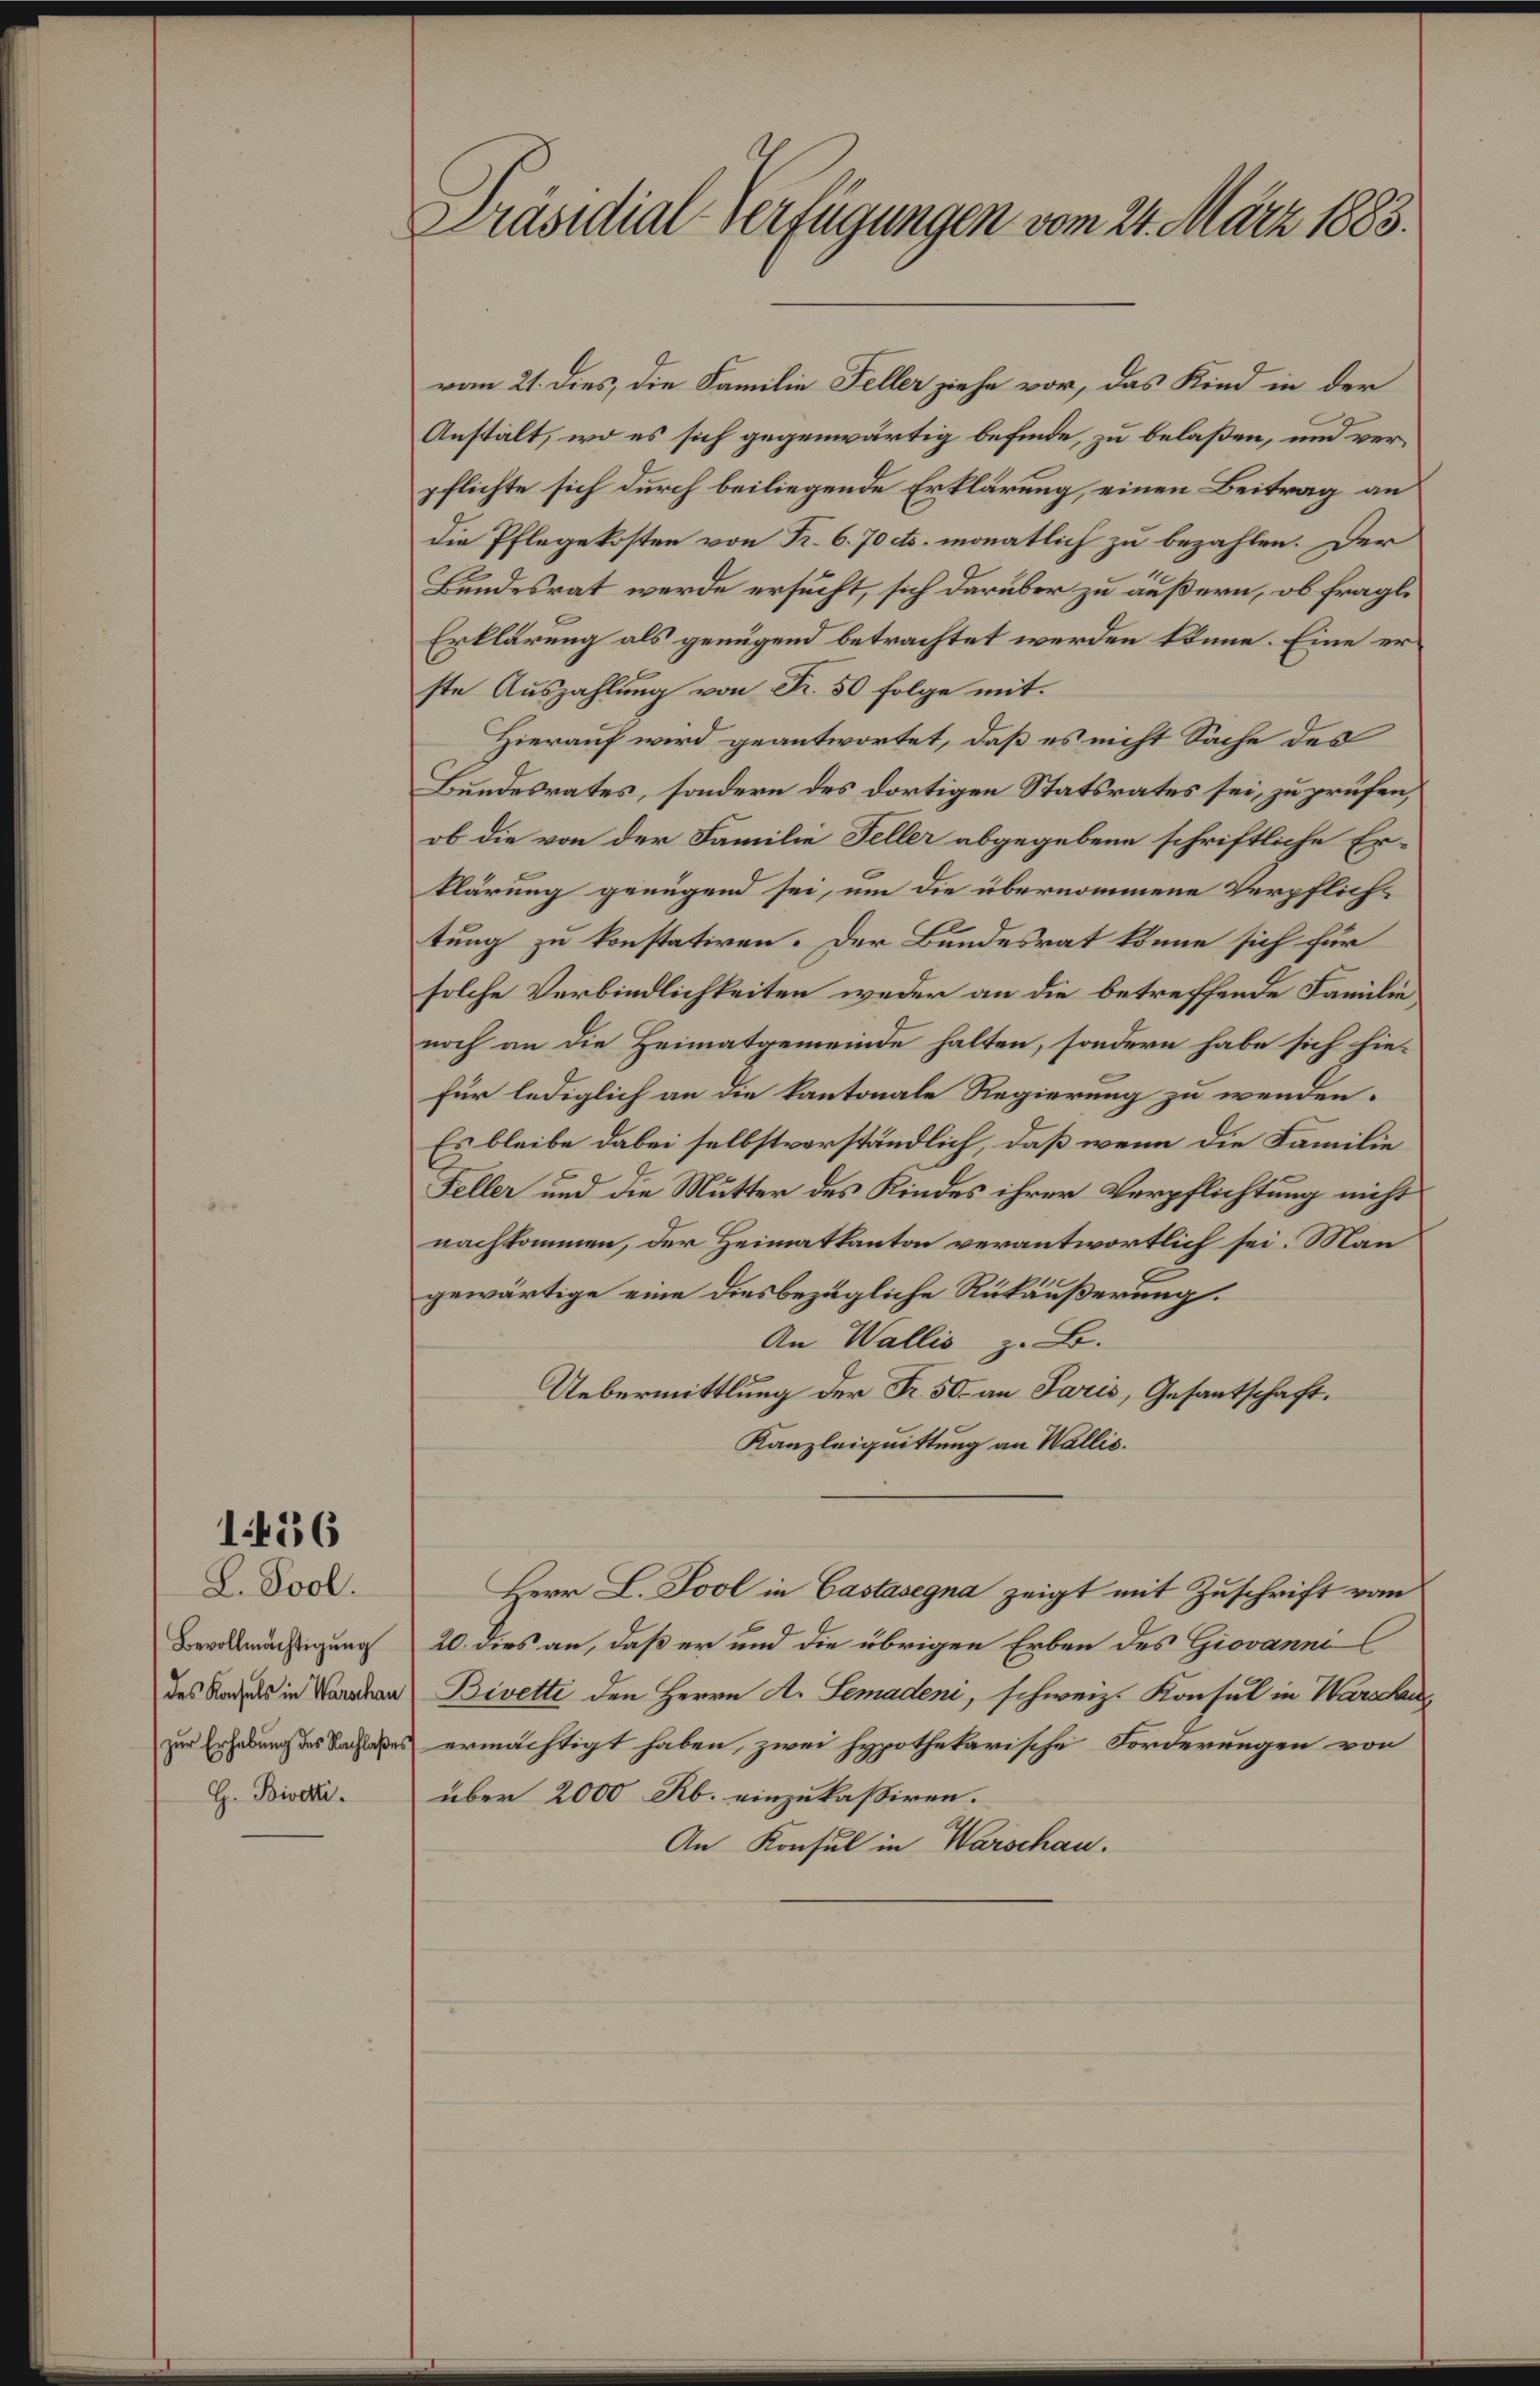
siehial derfgengee un 2t.Ndr 8
vm 2 des die Saele Sellezahe vor, das Kind in der
Anstalt, wo es sich gegenwärtig befnde, zu belaßen, und ver¬
pflichte sich durch beiliegende Ertlärung, einen Beitrag an
die Pflegesten von S. 6. 704. onatlch zu bezahen. er
Bindesrat werde ersucht, sich derüber zu außern, ob fragls
Eprllärung als genügend betrachtet werden 1nne. Eine er
ste Auszahlung von F. 5 folge mit.
Hierauf wird geantwortet, daß esicht Sache des
Berdesrates, sondern des dortigen Statrates sei zuprufen
ob die von der Familie Sellr abgegebene schriftliche Er¬
Närung gerügend sei, um die übernommene Verpflich¬
tung zu tnstatren. Dder Brndesrat nne sich für
solche Vorbindlichteiten wokn an die betreffende Farile
nach an die Heimatgemeinde halten, sondern habe sich hie¬
für lediglich an die Kantonale Regierung zu wenden.
Es blecbe dabei sellstvorständlich, daß wenn die Famile
Fell und de Mätter des indes ihrrr Verpflichtung nicht
nachkommen, der Heimattanton verantwortlich sei. Man
gewärtige eine Desbezäglche Rüllußerung.
An Valls zB.
Aeberittlung der . 50 an Saris, Gesaetschaft.
Kanzleigüttung an Vällis
1480
B. Saol
Berllrnachtegung
des Basul in Sarkon
zur Erhelung ue achlsfra
H. Brai.
Herr I. Sool ie Basage zeigt mit Zuschrift vn
20 des an, daß er und die übrigen Erben des Hiooanm
Bwati den Herrn t. Kmatei, schweiz. Konsul in Mkn
ermächtigt haben, zwei Eothetrische Forderungen von
über 2000 Ub. einzutassiren.
An Kinsul i Vorikan.